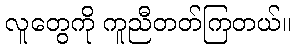
လူတွေကို ကူညီတတ်ကြတယ်။